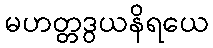
မဟတ္တဒွယနိရယေ